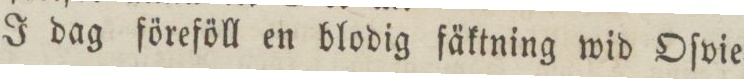
J dag föreföll en blodig fäktning wid Oſvie=